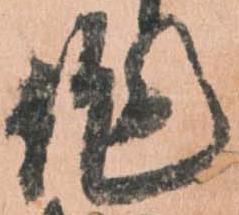
作